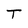
Character: T